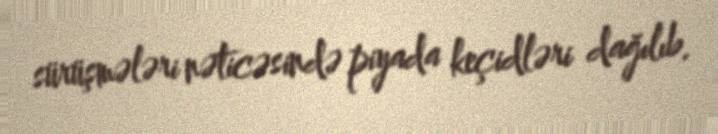
sürüşmələri nəticəsində piyada keçidləri dağılıb.